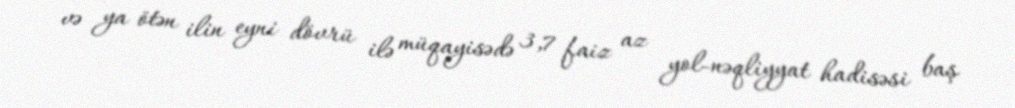
və ya ötən ilin eyni dövrü ilə müqayisədə 3,7 faiz az yol-nəqliyyat hadisəsi baş